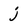
Character: j